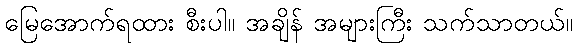
မြေအောက်ရထား စီးပါ။ အချိန် အများကြီး သက်သာတယ်။